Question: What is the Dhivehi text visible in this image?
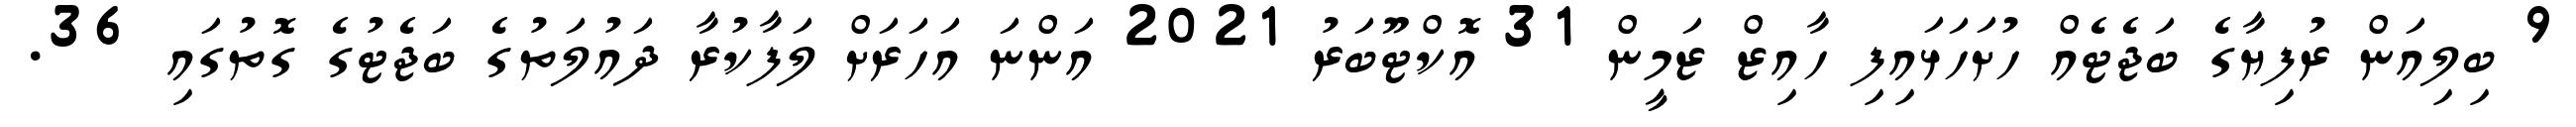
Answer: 9 ބިލިއަން ރުފިޔާގެ ބަޖެޓެއް ހުށަހަޅައިފި ހާއިޒް ޒަމީން 31 އޮކްޓޫބަރު 2021 އަންނަ އަހަރަށް ލަފާކުރާ ދައުލަތުގެ ބަޖެޓުގެ ގޮތުގައި 36.